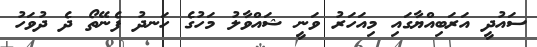
ސައުދީ އަރަބިއްޔާގައި މިއަހަރު ވަނީ ޝައްވާލު މަހުގެ ހަނދު ފެނޭތޯ ދެ ދުވަހު